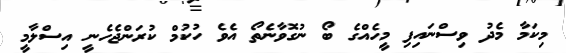
މިކަމާ މެދު ވިސްނައިފި މީހެއްގެ ބޯ ނުގޮވާނެތޯ އެވެ ހުކުމް ކުރަންޖެހެނީ އިސްލާމީ